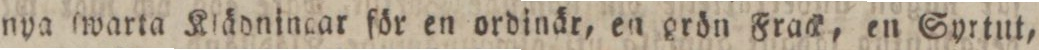
nya ſwarta Klädningar för en ordinär, en grön Frack, en Syrtut,